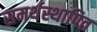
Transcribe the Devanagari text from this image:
समर्थस्थापित